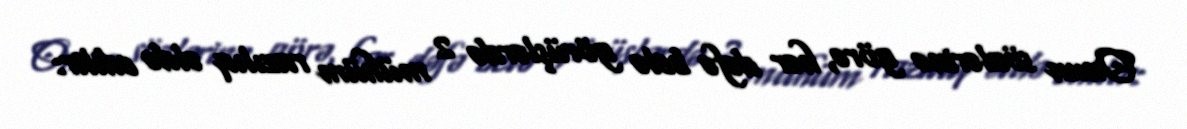
Onun sözlərinə görə, hər dəfə belə görüşlərdə 2 mühüm razılıq əldə edilir: